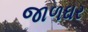
જાળઘર